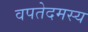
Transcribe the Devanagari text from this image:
वपतेदमस्य